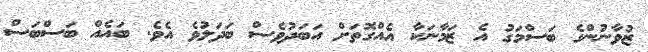
ޒުވާނުންގެ ބަސްމަގު އެ ޒަމާނަކާ އެއްގޮތަށް އަބަދުވެސް ބަދަލުވެ އެވެ. ބައެއް ބަސްބަސް